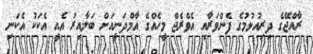
ރާއްޖޭގެ ދިރިއުޅުމުގެ ފެންވަރާއި އެވްރެޖް މީހެއްގެ އާމްދަނީއަށް ބަލާއިރު އެއީ އެކަކު އެކަނި